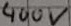
Text: 400V